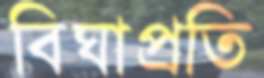
বিঘাপ্রতি